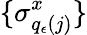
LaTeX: \{ \sigma_{q_{\epsilon}(j)}^{x}\}